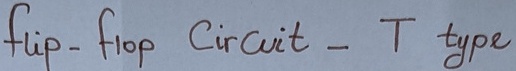
Text: flip-flop Circuit -T type